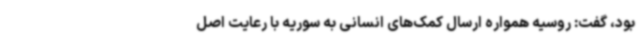
بود، گفت: روسیه همواره ارسال کمک‌های انسانی به سوریه با رعایت اصل